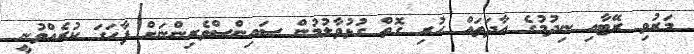
މަރުވި ރޭޓާއި ނިދުމުގެ އާދަތައް ހުރި ގޮތް ގުޅުވާލުމުން ސައިންސްވެރިންނަށް ފާހަގަ ކުރެއްވުނީ